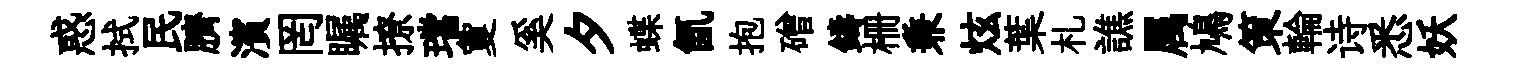
惑拭民臍濱罔瞩撩璫夐奚夕蝶氤抱磳鑄栅兼炫葉札譙属鳩策輪诗悉妖